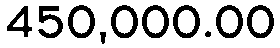
450,000.00